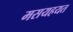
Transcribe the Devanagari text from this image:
मसयहयत